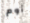
أوم